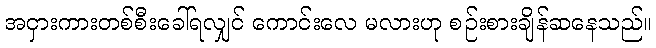
အငှားကားတစ်စီးခေါ်ရလျှင် ကောင်းလေ မလားဟု စဉ်းစားချိန်ဆနေသည်။